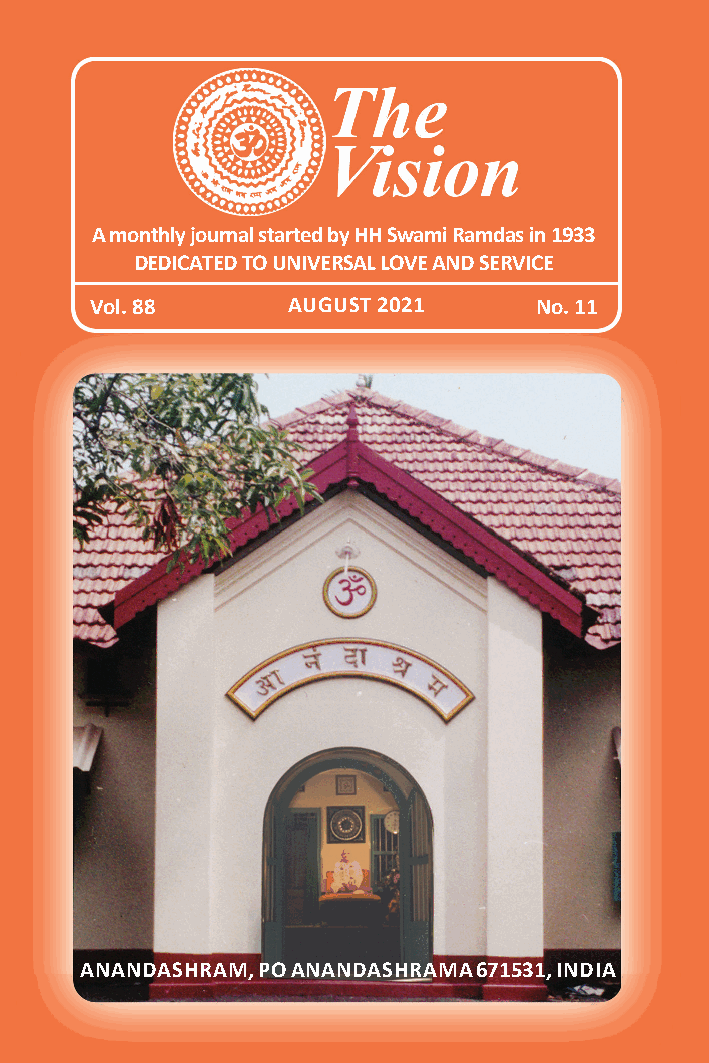
Aug 2021                           3
 A monthly journal started by HH Swami Ramdas in 1933
 DEDICATED TO UNIVERSAL LOVE AND SERVICE
 Vol. 88      AUGUST 2021     No. 11
 ANANDASHRAm, PO ANANDASHRAmA 671531, INDIA